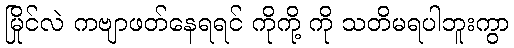
မြိုင်လဲ ကဗျာဖတ်နေရရင် ကိုကို့ ကို သတိမရပါဘူးကွာ